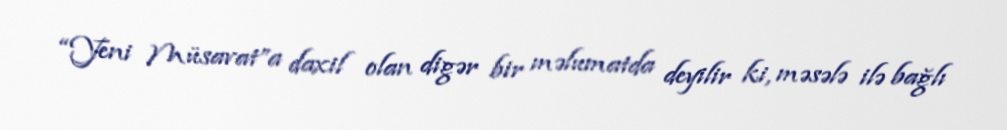
“Yeni Müsavat”a daxil olan digər bir məlumatda deyilir ki, məsələ ilə bağlı